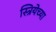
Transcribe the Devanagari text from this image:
स्त्रियेच्या